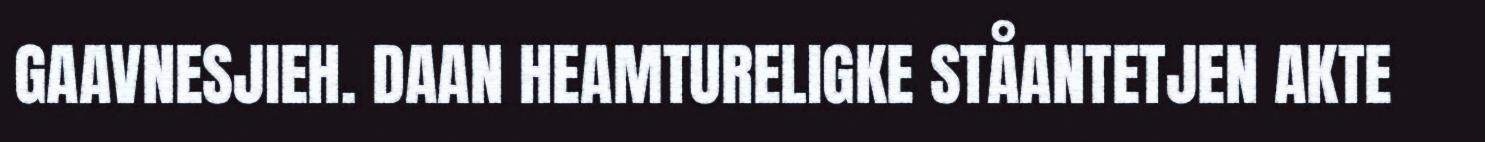
GAAVNESJIEH. DAAN HEAMTURELIGKE STÅANTETJEN AKTE